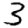
Digit: 3